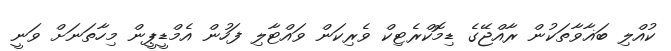
ކުއްލި ބަޣާވާތަކުން ރާއްޖޭގެ ޑިމޮކްރެޓިކް ވެރިކަން ވައްޓާލި ފަހުން އެމްޑީޕީން މިހާތަނަށް ވަނީ